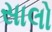
સાલો